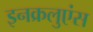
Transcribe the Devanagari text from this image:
इनक्रलुएंस